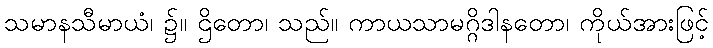
သမာနသီမာယံ၊ ၌။ ဌိတော၊ သည်။ ကာယသာမဂ္ဂိဒါနတော၊ ကိုယ်အားဖြင့်